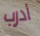
أدرب